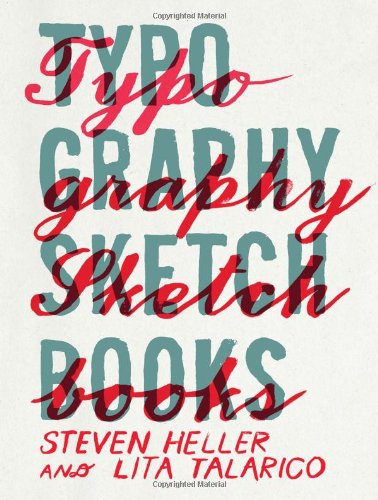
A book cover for Typography Sketchbooks; Arts & Photography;